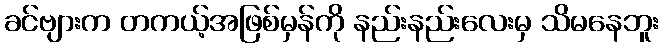
ခင်ဗျားက တကယ့်အဖြစ်မှန်ကို နည်းနည်းလေးမှ သိမနေဘူး